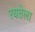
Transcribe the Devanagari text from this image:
रयतेला